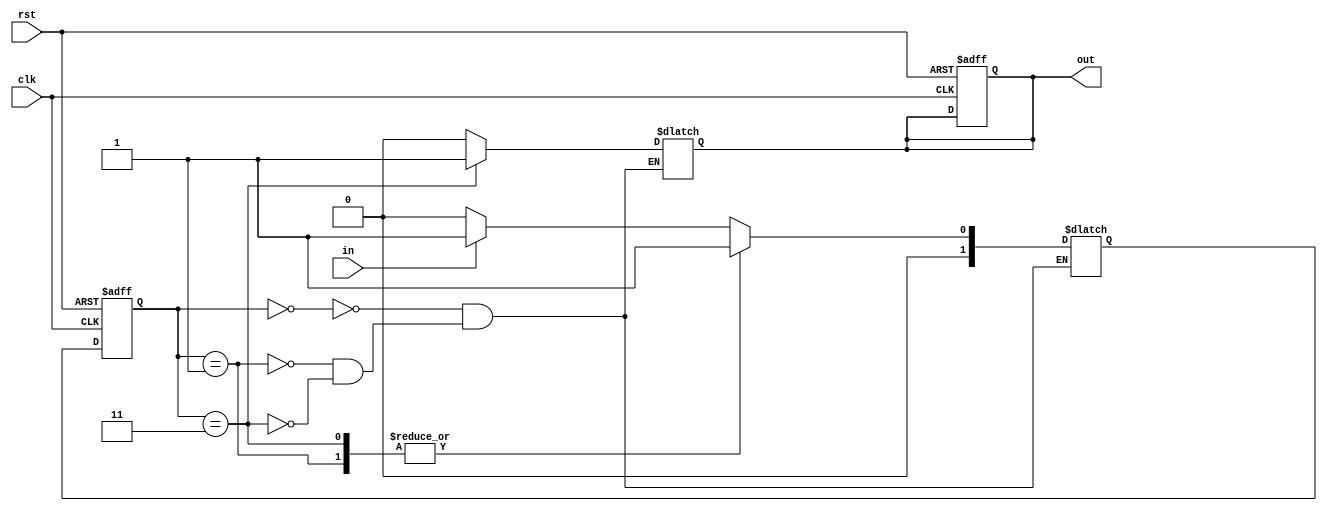
//20L152-SUMITHA R A
module moore_third_eg(
    input clk,rst,in,
    output reg out
    );
parameter A=2'b00,B=2'b01,C=2'b1,D=2'b11;
reg[1:0]nxt_st,prst_st;
always@(posedge clk or posedge rst)
begin
if(rst)begin prst_st=A;out=1'b0;end
	else prst_st=nxt_st;
end
always@(prst_st or in)
begin
  case(prst_st)
  A:begin out=1'b0;
     if(in==1'b0)nxt_st=A;
	  else nxt_st=B;end
  B:begin out=1'b0;
     if(in==1'b0)nxt_st=C;
	  else nxt_st=B;end
  C:begin out=1'b0;
     if(in==1'b0)nxt_st=A;
	  else nxt_st=D;end
  D:begin out=1'b1;
     if(in==1'b0)nxt_st=C;
	  else nxt_st=B;end
  endcase
 end
endmodule